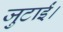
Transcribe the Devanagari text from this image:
जुटाईं।